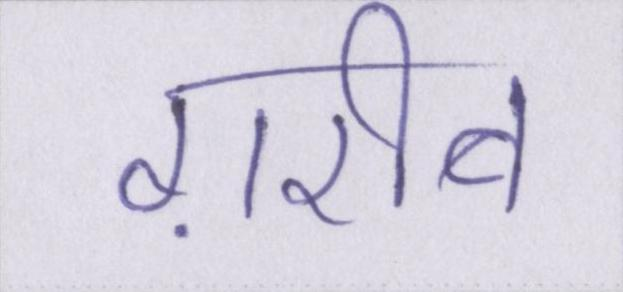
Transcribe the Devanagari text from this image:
ग़रीब